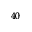
^ { 4 0 }